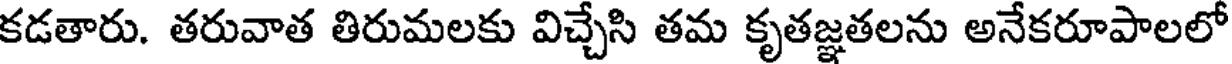
కడతారు. తరువాత తిరుమలకు విచ్చేసి తమ కృతజ్ఞతలను అనేకరూపాలలో